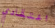
اعتقادي